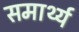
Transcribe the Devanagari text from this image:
समार्थ्य